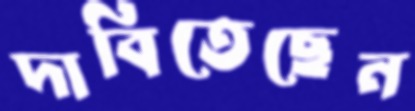
দাবিতেছেন